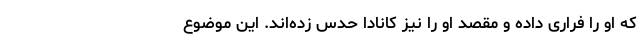
که او را فراری داده و مقصد او را نیز کانادا حدس زده‌اند. این موضوع